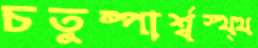
চতুষ্পার্শ্বস্থ্থ